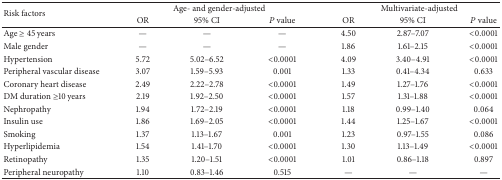
<table><thead><tr><td rowspan="2"><b>Risk factors</b></td><td colspan="3"><b>Age- and gender-adjusted</b></td><td colspan="3"><b>Multivariate-adjusted</b></td></tr><tr><td><b>OR</b></td><td><b>95% CI</b></td><td><b><i>P</i> value</b></td><td><b>OR</b></td><td><b>95% CI</b></td><td><b><i>P</i> value</b></td></tr></thead><tbody><tr><td>Age ≥ 45 years</td><td>—</td><td>—</td><td>—</td><td>4.50</td><td>2.87–7.07</td><td>&lt;0.0001</td></tr><tr><td>Male gender</td><td>—</td><td>—</td><td>—</td><td>1.86</td><td>1.61–2.15</td><td>&lt;0.0001</td></tr><tr><td>Hypertension</td><td>5.72</td><td>5.02–6.52</td><td>&lt;0.0001</td><td>4.09</td><td>3.40–4.91</td><td>&lt;0.0001</td></tr><tr><td>Peripheral vascular disease</td><td>3.07</td><td>1.59–5.93</td><td>0.001</td><td>1.33</td><td>0.41–4.34</td><td>0.633</td></tr><tr><td>Coronary heart disease</td><td>2.49</td><td>2.22–2.78</td><td>&lt;0.0001</td><td>1.49</td><td>1.27–1.76</td><td>&lt;0.0001</td></tr><tr><td>DM duration ≥10 years</td><td>2.19</td><td>1.92–2.50</td><td>&lt;0.0001</td><td>1.57</td><td>1.31–1.88</td><td>&lt;0.0001</td></tr><tr><td>Nephropathy</td><td>1.94</td><td>1.72–2.19</td><td>&lt;0.0001</td><td>1.18</td><td>0.99–1.40</td><td>0.064</td></tr><tr><td>Insulin use</td><td>1.86</td><td>1.69–2.05</td><td>&lt;0.0001</td><td>1.44</td><td>1.25–1.67</td><td>&lt;0.0001</td></tr><tr><td>Smoking</td><td>1.37</td><td>1.13–1.67</td><td>0.001</td><td>1.23</td><td>0.97–1.55</td><td>0.086</td></tr><tr><td>Hyperlipidemia</td><td>1.54</td><td>1.41–1.70</td><td>&lt;0.0001</td><td>1.30</td><td>1.13–1.49</td><td>&lt;0.0001</td></tr><tr><td>Retinopathy</td><td>1.35</td><td>1.20–1.51</td><td>&lt;0.0001</td><td>1.01</td><td>0.86–1.18</td><td>0.897</td></tr><tr><td>Peripheral neuropathy</td><td>1.10</td><td>0.83–1.46</td><td>0.515</td><td>—</td><td>—</td><td>—</td></tr></tbody></table>